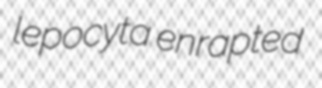
lepocyta enrapted